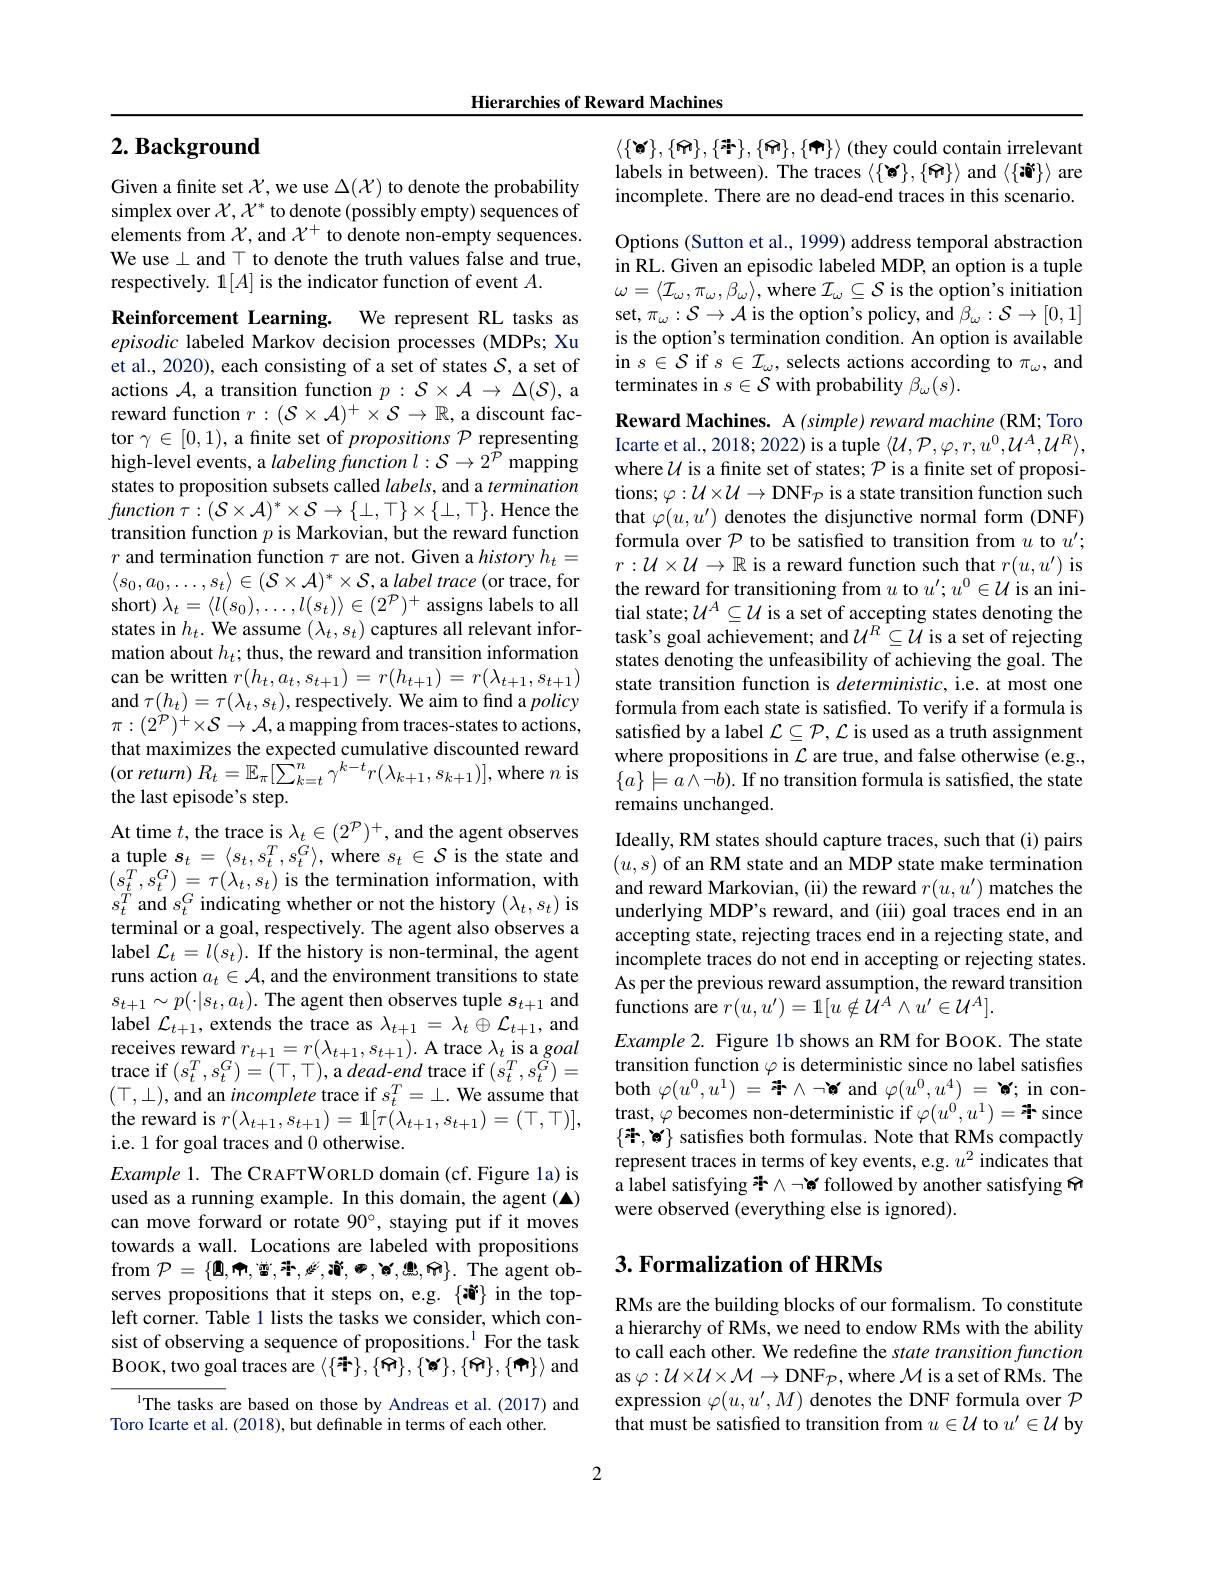
Hierarchies of Reward Machines

## $2. \textbf{ Background}$

Given a finite set $\mathcal{X}$,we use $\Delta(\mathcal{X})$ to denote the probability simplex over $\mathcal{X},\mathcal{X}^*$ to denote (possibly empty) sequences of elements from $\mathcal{X}$, and $\mathcal{X}^+$ to denote non-empty sequences. We use $\bot$ and T to denote the truth values false and true, respectively. 1[A] is the indicator function of event $A.$

Reinforcement Learning. We represent RL tasks as episodic labeled Markov decision processes (MDPs; Xu et al., 2020), each consisting of a set of states $\mathcal{S}$, a set of actions $\mathcal{A}$, a transition function $p:\mathcal{S}\times\mathcal{A}\to\Delta(\mathcal{S})$, a reward function $r:(\mathcal{S}\times\mathcal{A})^+\times\mathcal{S}\to\mathbb{R}$, a discount factor $\gamma\in[0,1)$, a finite set of $propositions\mathcal{P}$ representing high-level events, a labeling function $l:\mathcal{S}\to2^{\hat{P}}$ mapping states to proposition subsets called $labels$, and a termination $function\tau:(\mathcal{S}\times\mathcal{A})^{*}\times\mathcal{S}\to\{\bot,\top\}\times\{\bot,\top\}.$Hence the transition function $p$ is Markovian, but the reward function $r$ and termination function $\tau$ are not. Given a history $h_t=$ $\langle s_0,a_0,\ldots,s_t\rangle\in(\mathcal{S}\times\mathcal{A})^*\times\mathcal{S}$,a label trace (or trace, for short) $\lambda_t=\langle l(s_{0}),\ldots,l(s_{t})\rangle\in(2^{\mathcal{P}})^{+}$ assigns labels to all states in $h_t.$ We assume $(\lambda_t,s_t)$ captures all relevant information about $h_t;$ thus, the reward and transition information can be written $r(h_t,a_t,s_{t+1})=r(h_{t+1})=r(\lambda_{t+1},s_{t+1})$ and $\tau(h_{t})=\tau(\lambda_{t},s_{t})$,respectively. We aim to find a policy $\pi:(2^{\dot{P}})^{+}\times\mathcal{S}\to\mathcal{A}$,a mapping from traces-states to actions, that maximizes the expected cumulative discounted reward (or return) $R_t=\mathbb{E}_\pi[\hat{\sum}_{k=t}^n\gamma^{k-t}r(\lambda_{k+1},s_{k+1})]$,where $n$ is the last episode's step.
At time $t$,the trace is $\lambda_t\in(2^{\mathcal{P}})^+$, and the agent observes

a tuple $s_t=\langle s_t,s_t^T,s_t^G\rangle$, where $s_t\in\mathcal{S}$ is the state and $(s_{t}^{T},s_{t}^{G})=\tau(\lambda_{t},s_{t})$ is the termination information, with $s_{t}^{T}$ and $s_t^G$ indicating whether or not the history $(\lambda_t,s_t)$ is terminal or a goal, respectively. The agent also observes a label $\mathcal{L}_t=l(s_t).$ If the history is non-terminal, the agent runs action $a_t\in\mathcal{A}$, and the environment transitions to state $s_{t+1}\sim p(\cdot|s_{t},a_{t}).$ The agent then observes tuple $s_t+1$ and label $\mathcal{L}_t+1$, extends the trace as $\lambda_t+1=\lambda_t\oplus\mathcal{L}_{t+1}$, and receives reward $r_t+1=r(\lambda_{t+1},s_{t+1}).$ A trace $\lambda_t$ is a goal trace if$\left(s_{t}^{T},s_{t}^{G}\right)=\left(\top,\top\right)$,a dead-end trace if$\left(s_{t}^{T},s_{t}^{\tilde{G}}\right)=$ $(\top,\bot)$,and an incomplete trace if $s_t^T=\bot.$ We assume that the reward is $r( \lambda _{t+ 1}, s_{t+ 1}) = 1[ \tau ( \lambda _{t+ 1}, s_{t+ 1}) = ( \top , \top ) ] $, trast, $\varphi$becomes non- deterministic if $\varphi ( u^0, u^1) = \frac \pi \pi$ since i. e. 1 for goal traces and 0 otherwise.
$Example 1. $The CRAFTWORLD domain ( cf. Figure 1a) is used as a running example. In this domain, the agent (▲) can move forward or rotate $90^\circ$, staying put if it moves towards a wall. Locations are labeled with propositions from $\mathcal{P}=\{\mathbf{Q},\mathbf{P},\mathbf{曾},\mathbf{\vec{r}},\mathbf{必},\mathbf{\hat{p}},\mathbf{\vec{\boldsymbol{\varphi}}},\mathbf{\hat{\boldsymbol{g}}},\mathbf{\hat{\boldsymbol{w}}}\}.$ The agent observes propositions that it steps on, e.g. {冰ั}$in the topleft corner. Table 1 lists the tasks we consider, which consist of observing a sequence of propositions.$^{1}$For the task BOOK, two goal traces are $\langle\{$न$\},\{\widetilde{\mathbf{m}}\},\{\widetilde{\mathbf{m}}\},\{\widetilde{\mathbf{m}}\}\rangle$ and
IThe tasks are based on those by Andreas et al.(2017) and
Toro Icarte et al. (2018), but definable in terms of each other.

$\langle\{\Phi\},\{\bigoplus\},\{\Phi\},\{\Phi\},\{\Phi\}\rangle$(they could contain irrelevant labels in between). The traces $\langle\{\ast\},\{\widetilde{\mathbf{M}}\}\rangle$ and $\langle\{\ast\widetilde{\mathbf{W}}\}\rangle$ are incomplete. There are no dead-end traces in this scenario. Options (Sutton et al., 1999) address temporal abstraction in RL. Given an episodic labeled MDP, an option is a tuple $\omega=\langle\mathcal{I}_{\omega},\pi_{\omega},\beta_{\omega}\rangle$,where $\mathcal{I}_{\omega}\subseteq\mathcal{S}$ is the option's initiation set, $\pi_\omega:\mathcal{S}\to\mathcal{A}$ is the option's policy, and $\beta_\omega:\mathcal{S}\to[0,1]$ is the option's termination condition. An option is available in $s\in\mathcal{S}$ if $s\in\mathcal{I}_\omega$, selects actions according to $\pi_\omega$,and terminates in $s\in\mathcal{S}$ with probability $\beta_\omega(s).$

Reward Machines. A $(simple)rewardmachine(\mathbb{RM};$ Toro Icarte et al., 2018; 2022) is a tuple $\langle\mathcal{U},\mathcal{P},\varphi,r,u^{0},\mathcal{U}^{A},\mathcal{U}^{R}\rangle$, where $\mathcal{U}$ is a finite set of states; $\mathcal{P}$ is a finite set of propositions; $\varphi:\mathcal{U}\times\mathcal{U}\to$DNFp is a state transition function such that $\varphi(u,u^{\prime})$ denotes the disjunctive normal form (DNF) formula over $\mathcal{P}$ to be satisfied to transition from $u$ to $u^\prime;$ $r:\mathcal{U}\times\mathcal{U}\to\mathbb{R}$ is a reward function such that $r(u,u^\prime)$ is the reward for transitioning from $u$ to $u^\prime;u^0\in\mathcal{U}$ is an initial state;$\mathcal{U} ^A\subseteq \mathcal{U}$ is a set of accepting states denoting the task's goal achievement; and $\mathcal{U}^R\subseteq\mathcal{U}$ is a set of rejecting states denoting the unfeasibility of achieving the goal. The state transition function is $deterministic$, i.e. at most one formula from each state is satisfied. To verify if a formula is satisfied by a label $\mathcal{L}\subseteq\mathcal{P},\mathcal{L}$ is used as a truth assignment where propositions in $\mathcal{L}$ are true, and false otherwise (e.g., $\{a\}\models a\wedge\neg b).$ If no transition formula is satisfied, the state remains unchanged.
Ideally, RM states should capture traces, such that (i) pairs $(u,s)$ of an RM state and an MDP state make termination and reward Markovian, (ii) the reward $r(u,u^{\prime})$ matches the

underlying MDP's reward, and (iii) goal traces end in an accepting state, rejecting traces end in a rejecting state, and incomplete traces do not end in accepting or rejecting states. As per the previous reward assumption, the reward transition $\hat{\text{functions are }r}(u,u^{\prime})=1[u\notin\hat{\mathcal{U}}^A\wedge u^{\prime}\in\mathcal{U}^A].$
$Example2.$ Figure 1b shows an RM for BOOK. The state transition function $\varphi$ is deterministic since no label satisfies both $\varphi(u^0,u^1)=$季$\wedge\neg$ and $\varphi(u^0,u^4)=$ v; in contrast, $\varphi$ becomes non-deterministic if $\varphi(u^0,u^1)=$ since represent traces in terms of key events, e.g. $u^2$ indicates that a label satisfying * $\wedge\neg$ s followed by another satisfying 冊were observed (everything else is ignored).

## $3. \textbf{Formalization of HRMs}$

RMs are the building blocks of our formalism. To constitute a hierarchy of RMs, we need to endow RMs with the ability to call each other. We redefine the state transition function as $\varphi:\mathcal{U}\times\mathcal{U}\times\mathcal{M}\to$DNF$_\mathcal{P}$, where $\mathcal{M}$ is a set of RMs. The expression $\varphi(u,u^{\prime},M)$ denotes the DNF formula over $\mathcal{P}$ that must be satisfied to transition from $u\in\mathcal{U}$ to $u^\prime\in\mathcal{U}$ by

2